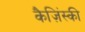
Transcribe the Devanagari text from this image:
कैज़िंस्की